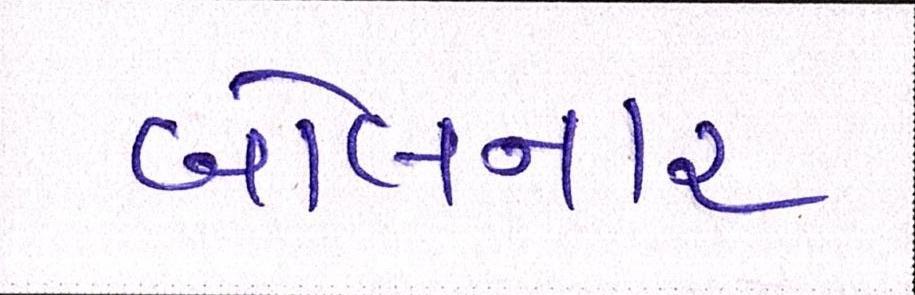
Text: બોલનાર